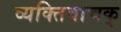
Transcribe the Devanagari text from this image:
व्यक्तिवाचक्